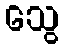
သွေ